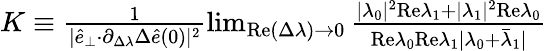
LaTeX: \begin{array}{r}{K\equiv\frac{1}{\vert\hat{e}_{\perp}{\cdot}\partial_{\Delta\lambda}\Delta\hat{e}(0)\vert^{2}}\operatorname*{lim}_{\mathrm{Re}(\Delta\lambda)\rightarrow 0}\frac{\vert\lambda_{0}\vert^{2}\mathrm{Re}\lambda_{1}+\vert\lambda_{1}\vert^{2}\mathrm{Re}\lambda_{0}}{\mathrm{Re}\lambda_{0}\mathrm{Re}\lambda_{1}\vert\lambda_{0}+\bar{\lambda}_{1}\vert}}\end{array}